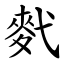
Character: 䴬